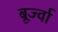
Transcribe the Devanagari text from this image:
बूर्ज्वा